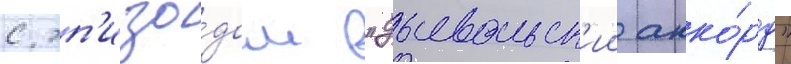
с эп'изо́дом "дьявольск'ии акко́рд"